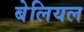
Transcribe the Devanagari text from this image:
बेलियल